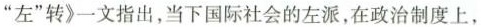
“左”转》一文指出，当下国际社会的左派，在政治制度上，